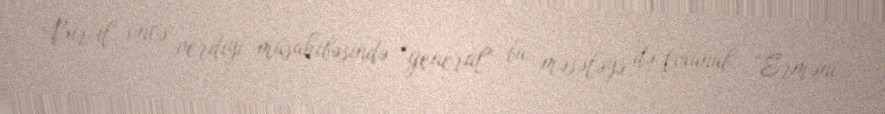
Bir il öncə verdiyi müsahibəsində “general” bu məsələyə də toxunub: “Erməni